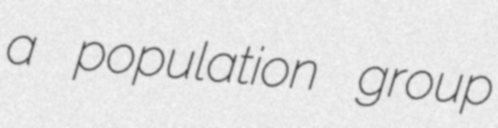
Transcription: a population group